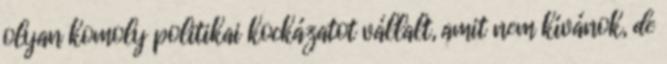
olyan komoly politikai kockázatot vállalt, amit nem kívánok, de